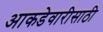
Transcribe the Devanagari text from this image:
आकडेवारीसाठी